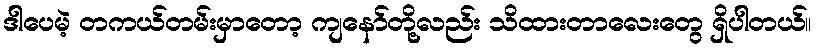
ဒါပေမဲ့ တကယ်တမ်းမှာတော့ ကျနော်တို့လည်း သိထားတာလေးတွေ ရှိပါတယ်။